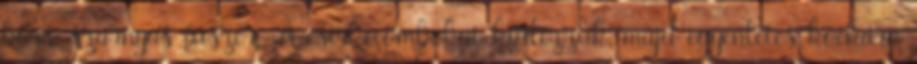
bors, szárnyas fűszer, A csirkecombokat kifilézzük, majd egyenletes kockára